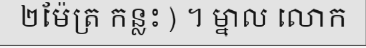
២ម៉ែត្រ កន្លះ ) ។ ម្នាល លោក